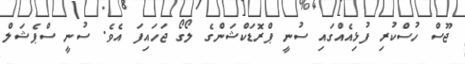
ޖޫސް ހުސްކުރި ފުޅިއެއްގައި ސުނީ ޕްރޮޑަކްޝަންގެ ލޯގޯ ޖަހައިފަ އެވެ. ސުނީ ސްޕެޝަލް